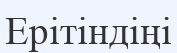
Ерітіндіңі